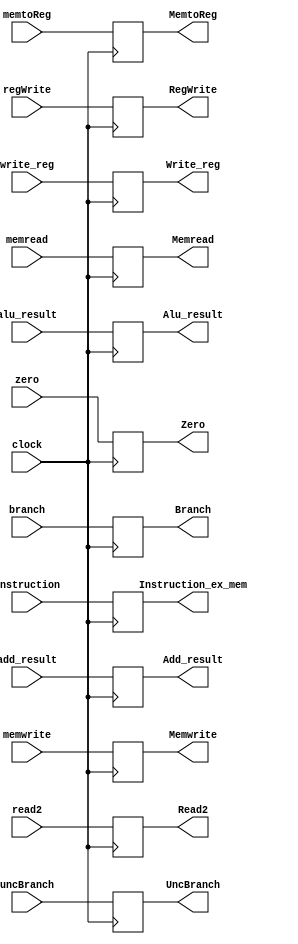
module ex_mem (
	input clock,
	input wire [31:0] instruction, //Just for testing
	//Data for later
	input wire [63:0] add_result,
	input wire [63:0] alu_result,
	input wire zero,
	input wire [63:0] read2,
	input wire [4:0] write_reg,
	
	//Mem
	input wire branch,
	input wire uncBranch,
	input wire memread,
	input wire memwrite,
	//WB
	input wire regWrite,
	input wire memtoReg,

	//Outputs
	output reg [63:0] Add_result,
	output reg [63:0] Alu_result,
	output reg Zero,
	output reg [63:0] Read2,
	output reg [4:0] Write_reg,
	//Mem
	output reg Branch,
	output reg UncBranch,
	output reg Memread,
	output reg Memwrite,
	//WB
	output reg RegWrite,
	output reg MemtoReg,
	//Instruction for testing
	output reg [31:0] Instruction_ex_mem

);

always @(posedge(clock)) begin

	Add_result <= add_result;
	Alu_result <= alu_result;
	Zero <= zero;
	Read2 <= read2;
	Write_reg <= write_reg;
	Branch <= branch;
	Memread <= memread;
	Memwrite <= memwrite;
	RegWrite <= regWrite;
	MemtoReg <= memtoReg;
	UncBranch <= uncBranch;
	Instruction_ex_mem <= instruction;

end

endmodule